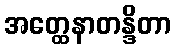
အတ္ထေနာတန္ဒိတာ